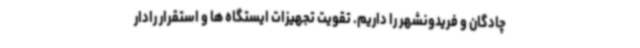
چادگان و فریدونشهر را داریم. تقویت تجهیزات ایستگاه ها و استقرار رادار